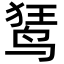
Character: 𫛭